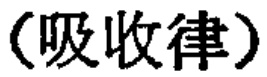
（吸收律）